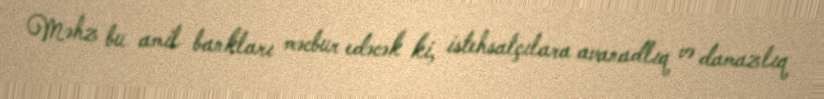
Məhz bu amil bankları məcbur edəcək ki, istehsalçılara avanadlıq və damazlıq